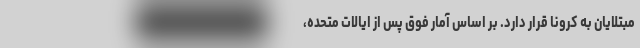
مبتلایان به کرونا قرار دارد. بر اساس آمار فوق پس از ایالات متحده،